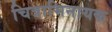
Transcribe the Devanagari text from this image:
चित्राभिनायक